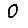
Digit: 0